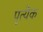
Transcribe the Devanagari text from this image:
पृत्येक